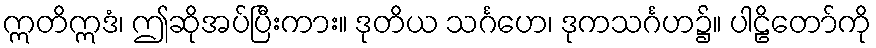
ဣတိဣဒံ၊ ဤဆိုအပ်ပြီးကား။ ဒုတိယ သင်္ဂဟေ၊ ဒုကသင်္ဂဟ၌။ ပါဠိတော်ကို